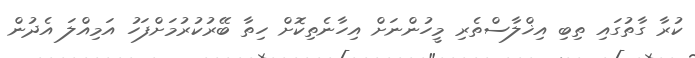
ކުރާ ގާތުގައި ތިބި އިޚްލާސްތެރި މީހުންނަށް އިހާނެތިކޮށް ހިތާ ބޭރުކުރުމަށްފަހު އަމިއްލަ އެދުން